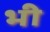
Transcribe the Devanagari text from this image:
भ्‍ाी